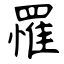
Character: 罹